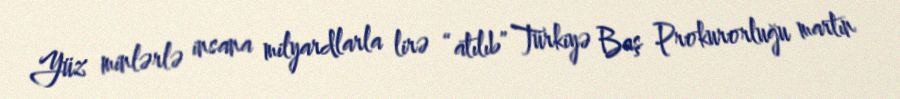
Yüz minlərlə insana milyardlarla lirə “atılıb” Türkiyə Baş Prokurorluğu martın